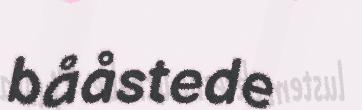
bååstede